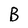
Character: B